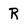
Character: R